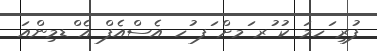
ފުރި ަހމަ ކު ުރ ަމށް ަފ ުހ އެސްއެފް އެ ްޑމިންއަ